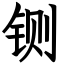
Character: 铡